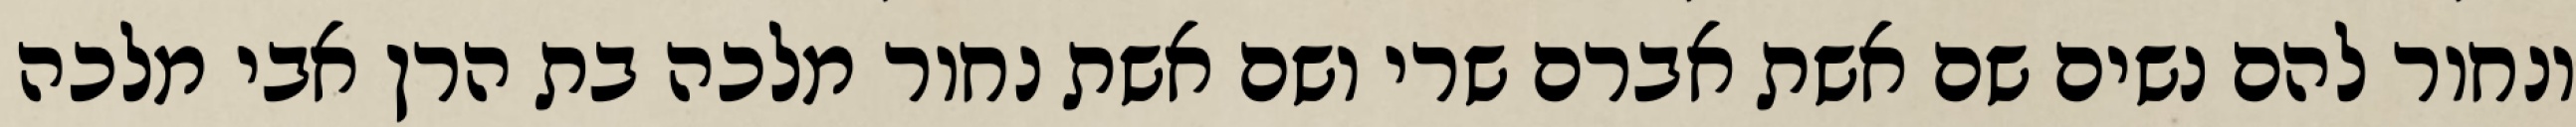
ונחור להם נשים שם אשת אברם שרי ושם אשת נחור מלכה בת הרן אבי מלכה